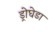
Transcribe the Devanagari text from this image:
ड्रोघेडा